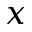
x